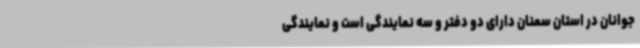
جوانان در استان سمنان دارای دو دفتر و سه نمایندگی است و نمایندگی